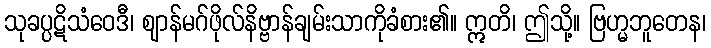
သုခပ္ပဋိသံဝေဒီ၊ ဈာန်မဂ်ဖိုလ်နိဗ္ဗာန်ချမ်းသာကိုခံစား၏။ ဣတိ၊ ဤသို့။ ဗြဟ္မဘူတေန၊